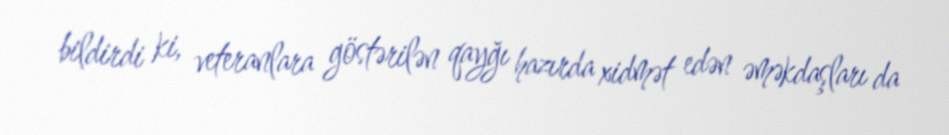
bildirdi ki, veteranlara göstərilən qayğı hazırda xidmət edən əməkdaşları da